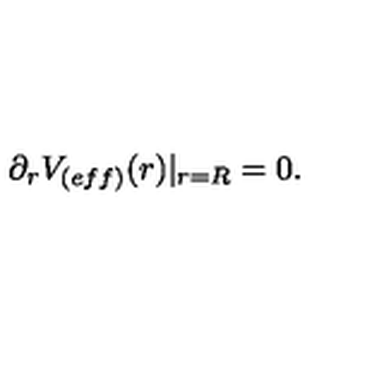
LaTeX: \partial _ { r } V _ { ( e f f ) } ( r ) | _ { r = R } = 0 .